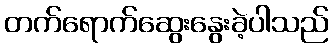
တက်ရောက်ဆွေးနွေးခဲ့ပါသည်